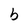
Character: b